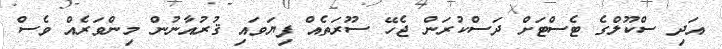
އަދި ސްކޫލްގެ ޓެސްޓަށް ދަސްކުރަން ޖެހޭ ސޫރަތެއް ފިޔަވައި ޤުރުއާނުން މިންވަރެއް ވެސް